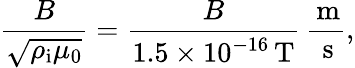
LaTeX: \frac{B}{\sqrt{\rho_{\mathrm{i}}\mu_{0}}}=\frac{B}{1.5\times 10^{-16}\, \mathrm{T}}\, \frac{\, \mathrm{m}}{\, \mathrm{s}},